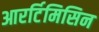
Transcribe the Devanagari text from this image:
आरर्टिमिसिन